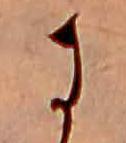
に